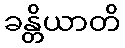
ခန္တိယာတိ